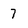
Character: 7